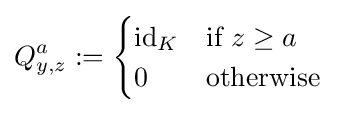
Q_{y,z}^{a}:={\begin{cases}\operatorname {id} _{K}&{\text{if }}z\geq a\\0&{\text{otherwise }}\end{cases}}